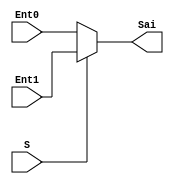
module MuxDDest(input [7:0]Ent0, Ent1, input S, 
					  output reg[7:0] Sai);	
	always @*begin
		if(S == 0) begin
			Sai = Ent0;
		end	
		else	
			Sai = Ent1; 
	end
endmodule